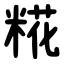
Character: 糀